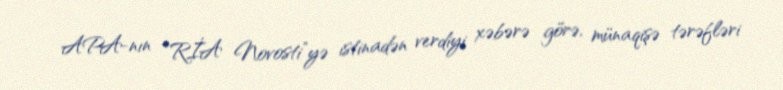
APA-nın “RİA Novosti”yə istinadən verdiyi xəbərə görə, münaqişə tərəfləri